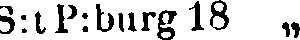
S:t P:burg 18 „